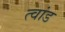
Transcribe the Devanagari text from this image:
त्वांड